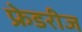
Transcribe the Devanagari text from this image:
फ्रेडरीज